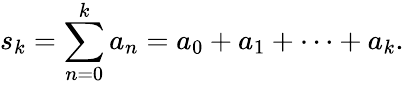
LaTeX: s_{k}=\sum_{n=0}^{k}a_{n}=a_{0}+a_{1}+\cdots+a_{k}.